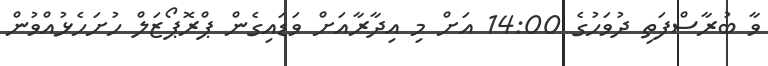
ވާ ބުރާސްފަތި ދުވަހުގެ 14:00 އަށް މި އިދާރާއަށް ވަޑައިގެން ޕްރޮޕޯޒަލް ހުށަހެޅުއްވުން